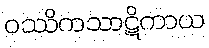
ဝဿိကသာဋိကာယ